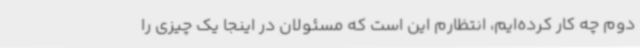
دوم چه کار کرده‌ایم، انتظارم این است که مسئولان در اینجا یک چیزی را